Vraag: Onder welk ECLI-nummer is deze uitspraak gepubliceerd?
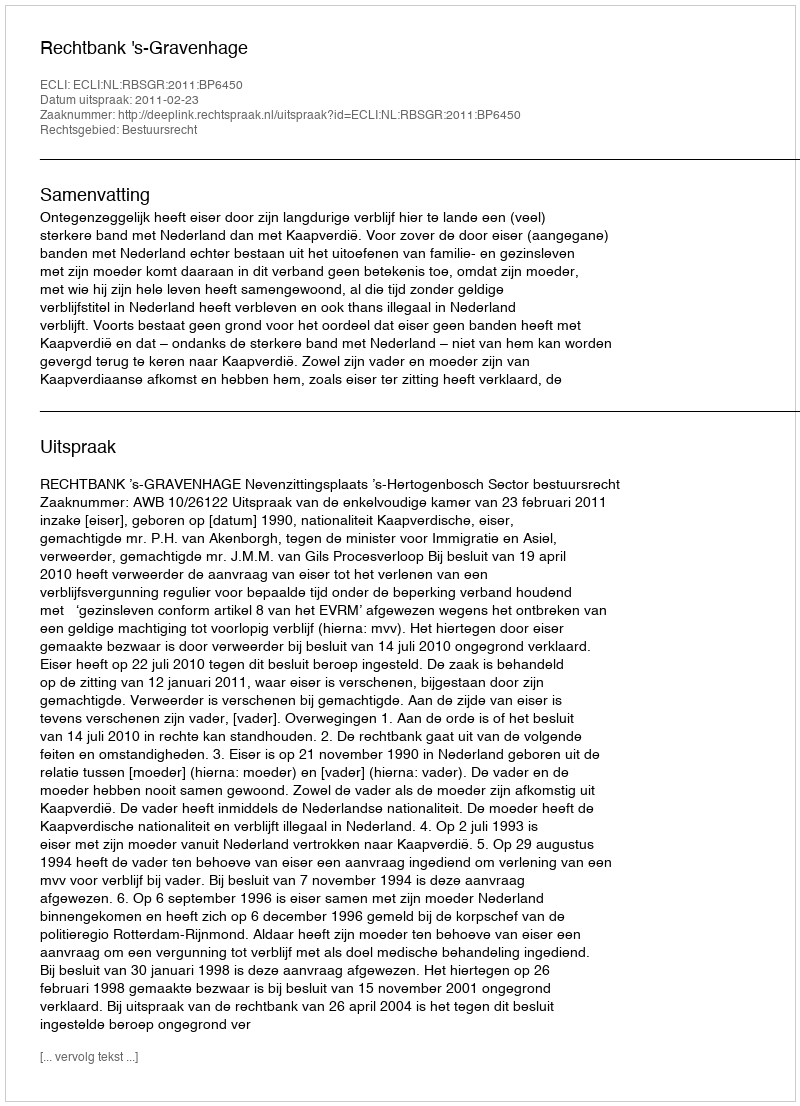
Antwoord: ECLI:NL:RBSGR:2011:BP6450